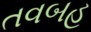
તવબહ